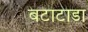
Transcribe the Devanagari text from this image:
बटाटाडा